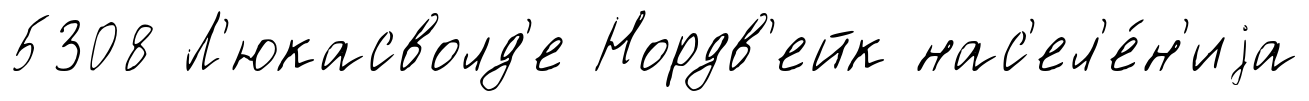
5308 Л'юкасволд'е Нордв'ейк нас'ел'е́н'иjа